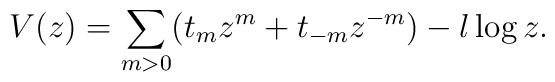
V(z)=\sum_{m>0}(t_{m}z^{m}+t_{-m}z^{-m})-l\log z.